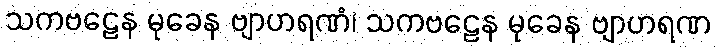
သကဗဠေန မုခေန ဗျာဟရဏံ၊ သကဗဠေန မုခေန ဗျာဟရဏ